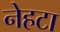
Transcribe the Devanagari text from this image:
नेहटा